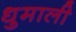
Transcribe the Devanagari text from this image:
धुमाली